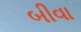
બીવા